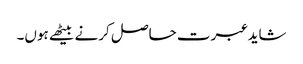
شاید عبرت حاصل کرنے بیٹھے ہوں۔